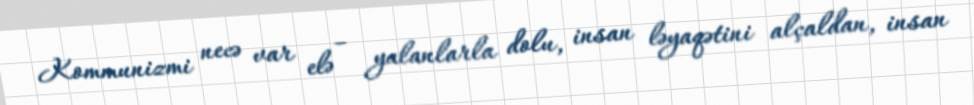
Kommunizmi necə var elə – yalanlarla dolu, insan ləyaqətini alçaldan, insan